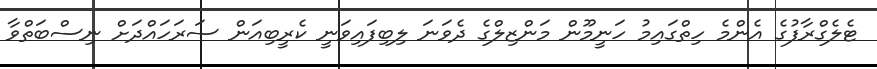
ޓެލެގްރާފުގެ އެންމެ ހިތްގައިމު ހަނީމޫން މަންޒިލްގެ ދެވަނަ ލިބިފައިވަނީ ކެރީބިއަން ސަރަހައްދަށް ނިސްބަތްވާ